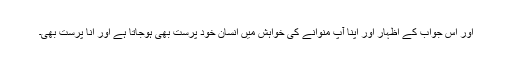
اور اس جواب کے اظہار اور اپنا آپ منوانے کی خواہش میں انسان خود پرست بھی ہوجاتا ہے اور انا پرست بھی۔